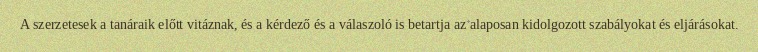
A szerzetesek a tanáraik előtt vitáznak, és a kérdező és a válaszoló is betartja az alaposan kidolgozott szabályokat és eljárásokat.